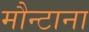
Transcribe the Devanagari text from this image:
मौन्टाना